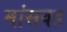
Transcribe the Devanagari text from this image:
मांसवह